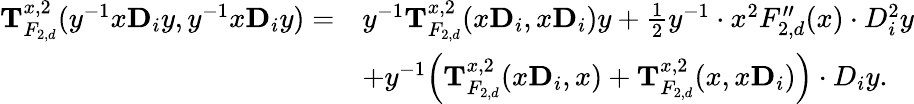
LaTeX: \begin{array}{rl}{\mathbf{T}_{F_{2,d}}^{x,2}(y^{-1}x\mathbf{D}_{i}y,y^{-1}x\mathbf{D}_{i}y)=}&{y^{-1}\mathbf{T}_{F_{2,d}}^{x,2}(x\mathbf{D}_{i},x\mathbf{D}_{i})y+\frac 12y^{-1}\cdot x^{2}F_{2,d}^{\prime\prime}(x)\cdot D_{i}^{2}y}\\ &{+y^{-1}\Big(\mathbf T_{F_{2,d}}^{x,2}(x\mathbf D_{i},x)+\mathbf T_{F_{2,d}}^{x,2}(x,x\mathbf D_{i})\Big)\cdot D_{i}y.}\end{array}